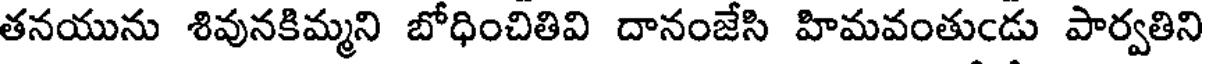
తనయును శివునకిమ్మని బోధించితివి దానంజేసి హిమవంతుండు పార్వతిని